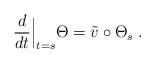
LaTeX: \begin{align*}\frac{d}{dt}\Big|_{t=s} \Theta = \tilde v\circ \Theta_s\;. \end{align*}